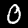
Digit: 0